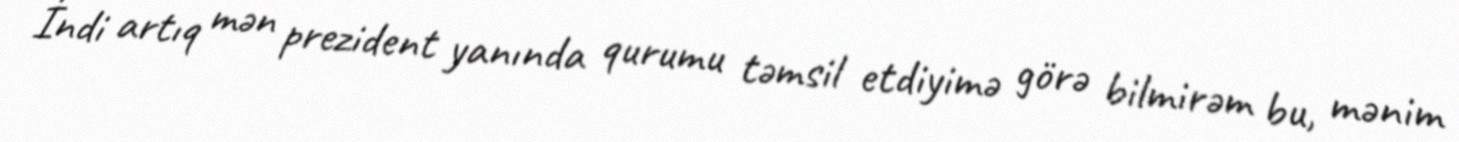
İndi artıq mən prezident yanında qurumu təmsil etdiyimə görə bilmirəm bu, mənim